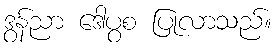
ဒွန်ညာ ဒေါပွစ ပြုလာသည်။